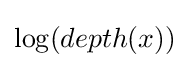
\log(depth(x))